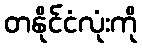
တနိုင်ငံလုံးကို